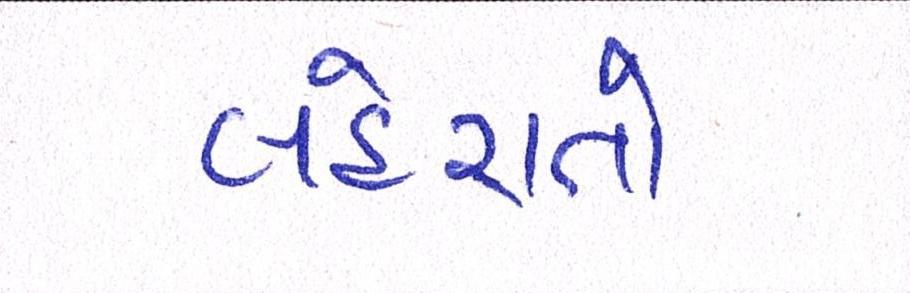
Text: લહેરાતો